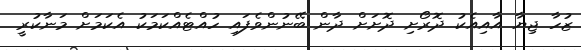
ޒުހާ ޖިޔާ އާއިއެކު ދޮރޯށި ދޮށަށް ދާން ބޭނުންވެފައި ހުއްޓެއްކަމަކު އެކަމަށް މަނާކުރީ